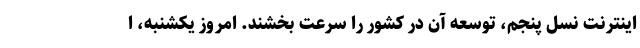
اینترنت نسل پنجم، توسعه آن در کشور را سرعت بخشند. امروز یکشنبه، ا